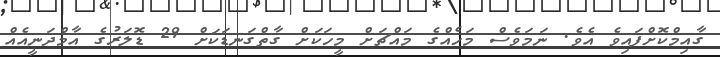
ގާއިމްކޮށްފައިވެ އެވެ. ނަމަވެސް މަހެއްގެ މައްޗަށް މީހަކަށް ގާތްގަނޑަކަށް 29 ޑޮލަރުގެ އާމްދަނީއެއް